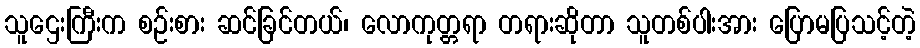
သူဌေးကြီးက စဉ်းစား ဆင်ခြင်တယ်၊ လောကုတ္တရာ တရားဆိုတာ သူတစ်ပါးအား ပြောမပြသင့်တဲ့